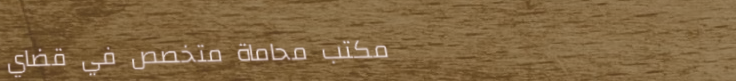
مكتب محاماة متخصص في قضاي